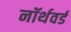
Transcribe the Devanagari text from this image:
नॉर्थवर्ड